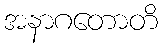
အနာဂတောတိ